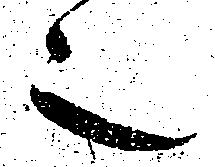
之